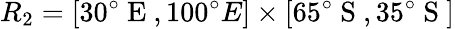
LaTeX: R_{2}=[30^{\circ}\mathrm{~E~},100^{\circ}{E}]\times[65^{\circ}\mathrm{~S~},35^{\circ}\mathrm{~S~}]